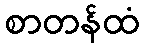
စာတန်ထံ